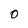
Character: 0